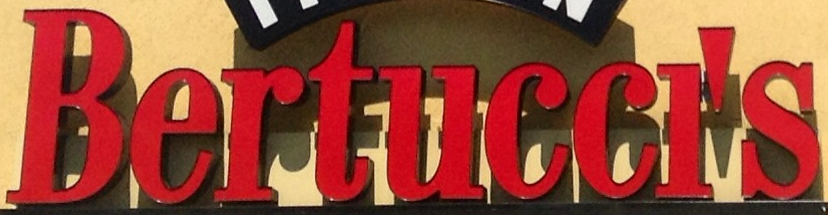
Bertuccl's